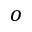
o